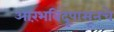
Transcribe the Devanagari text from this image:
आरंभबिंदूपासूनचे